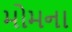
મોમના